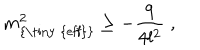
LaTeX: m _ { \textrm { { \tiny { e f f } } } } ^ { 2 } \geq - \frac { 9 } { 4 l ^ { 2 } } \; ,